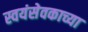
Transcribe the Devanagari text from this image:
स्वयंसेवकाच्या